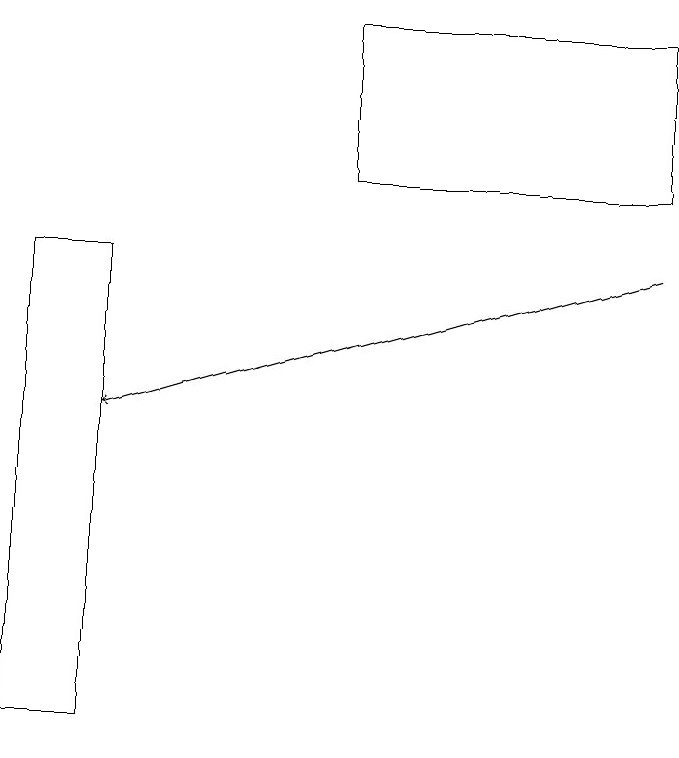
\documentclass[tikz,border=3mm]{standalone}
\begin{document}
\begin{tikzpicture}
\draw (1,10) rectangle (0,16);
\draw[->] (8,16) -- (1,14);
\draw (8,17) rectangle (4,19);
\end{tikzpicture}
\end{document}